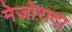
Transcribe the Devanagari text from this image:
मेजोरादा